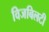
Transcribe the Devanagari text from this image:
विजबिलटी